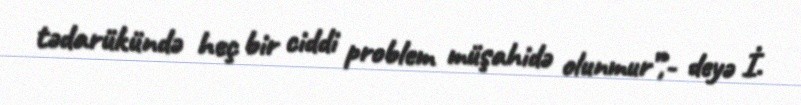
tədarükündə heç bir ciddi problem müşahidə olunmur”,- deyə İ.